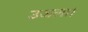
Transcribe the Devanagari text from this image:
उजला।